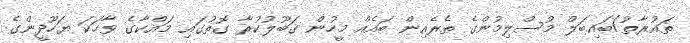
ތައުރާތު/ބައިބަލް މުސްލިމުންގެ ތެރެއިން ބައެއް މީހުން ޤަބޫލުކުރާ ގޮތުގައި މައްކާގެ ވާހަކަ ޔަހޫދީންގެ